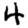
Digit: 4